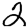
Digit: 2